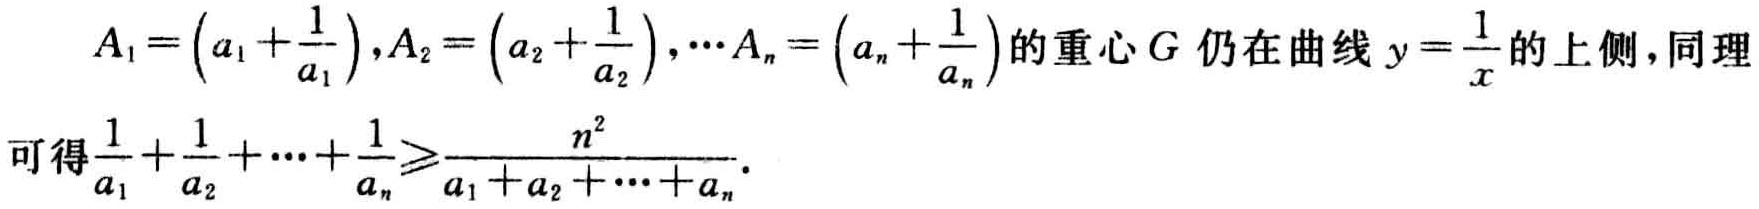
\(A_1=\left(a_1 + \frac{1}{a_1}\right),A_2=\left(a_2+\frac{1}{a_2}\right),\cdots A_n=\left(a_n+\frac{1}{a_n}\right)\)的重心\(G\)仍在曲线\(y = \frac{1}{x}\)的上侧，同理可得\(\frac{1}{a_1}+\frac{1}{a_2}+\cdots+\frac{1}{a_n}\geqslant\frac{n^2}{a_1 + a_2+\cdots+a_n}\).